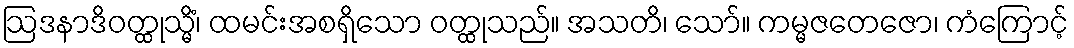
ဩဒနာဒိဝတ္ထုသ္မိံ၊ ထမင်းအစရှိသော ဝတ္ထုသည်။ အသတိ၊ သော်။ ကမ္မဇတေဇော၊ ကံကြောင့်